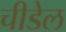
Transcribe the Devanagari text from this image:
चीडेल